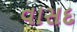
વાસદ